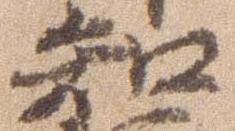
知